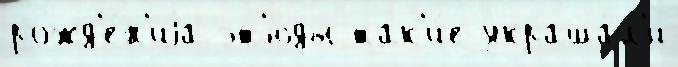
рожд'е́н'иjа эт'ю́ды так'и́е украша́л'и